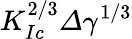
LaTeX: K_{Ic}^{2/3}\varDelta\gamma^{1/3}